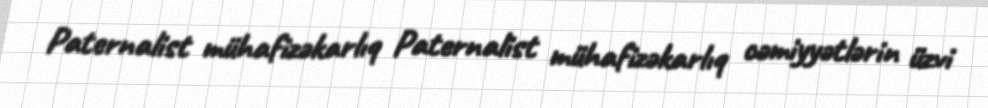
Paternalist mühafizəkarlıq Paternalist mühafizəkarlıq cəmiyyətlərin üzvi